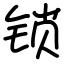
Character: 锁